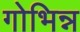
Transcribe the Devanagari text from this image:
गोभिन्न